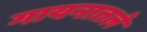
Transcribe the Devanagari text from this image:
गायनातले